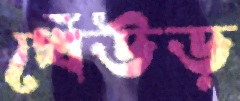
খেঁউড়